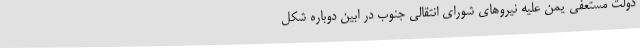
دولت مستعفی یمن علیه نیروهای شورای انتقالی جنوب در ابین دوباره شکل